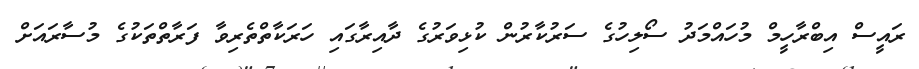
ރައީސް އިބްރާހީމް މުހައްމަދު ސޯލިހުގެ ސަރުކާރުން ކުޅިވަރުގެ ދާއިރާގައި ހަރަކާތްތެރިވާ ފަރާތްތަކުގެ މުސާރައަށް